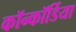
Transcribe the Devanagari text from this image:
कॉन्कॉर्डिया